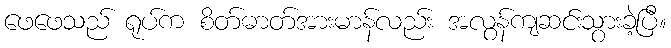
ဖေဖေသည် ရုပ်က စိတ်ဓာတ်အားမာန်လည်း အလွန်ကျဆင်းသွားခဲ့ပြီ။